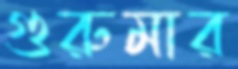
গুরুমার